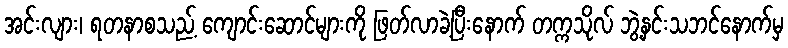
အင်းလျား၊ ရတနာစသည့် ကျောင်းဆောင်များကို ဖြတ်လာခဲ့ပြီးနောက် တက္ကသိုလ် ဘွဲ့နှင်းသဘင်နောက်မှ